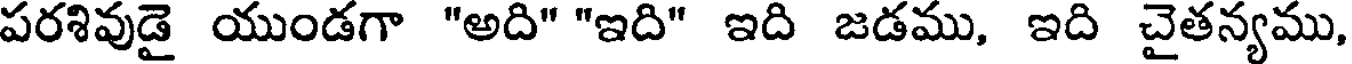
పరశివుడై యుండగా "అది" "ఇది" ఇది జడము, ఇది చైతన్యము,